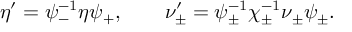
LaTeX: \eta ^ { \prime } = \psi _ { - } ^ { - 1 } \eta \psi _ { + } , \qquad \nu _ { \pm } ^ { \prime } = \psi _ { \pm } ^ { - 1 } \chi _ { \pm } ^ { - 1 } \nu _ { \pm } \psi _ { \pm } .